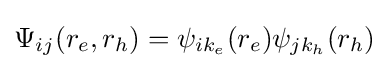
\Psi _{ij}(r_{e},r_{h})=\psi _{ik_{e}}(r_{e})\psi _{jk_{h}}(r_{h})